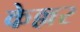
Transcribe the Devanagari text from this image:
केल्लर